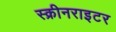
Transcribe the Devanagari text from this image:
स्क्रीनराइटर